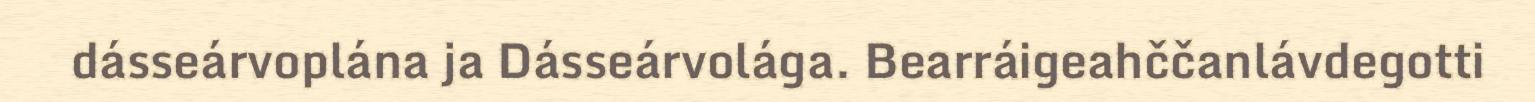
dásseárvoplána ja Dásseárvolága. Bearráigeahččanlávdegotti